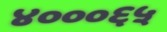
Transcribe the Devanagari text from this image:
४०००६५